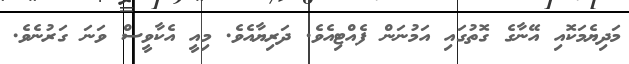
މަދިޔެމަކޮއި އޭނާގެ ގޮތުގައި އަމުނަން ފެއްޓިއެވެ. ދަރިޔާއެވެ. މިއީ އެކާވީސް ވަނަ ގަރުނެވެ.